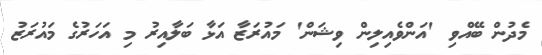
މެދުން ބޭއްވި 'އަންވެއިލިން ވިޝަން' މައުރަޒާ އަޅާ ބަލާއިރު މި އަހަރުގެ މައުރަޒު